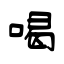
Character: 喝